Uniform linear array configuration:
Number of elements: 4
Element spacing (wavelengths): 1
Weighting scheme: uniform
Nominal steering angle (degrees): -60
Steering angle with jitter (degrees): -60.301
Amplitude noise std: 0.05
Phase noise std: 0.05

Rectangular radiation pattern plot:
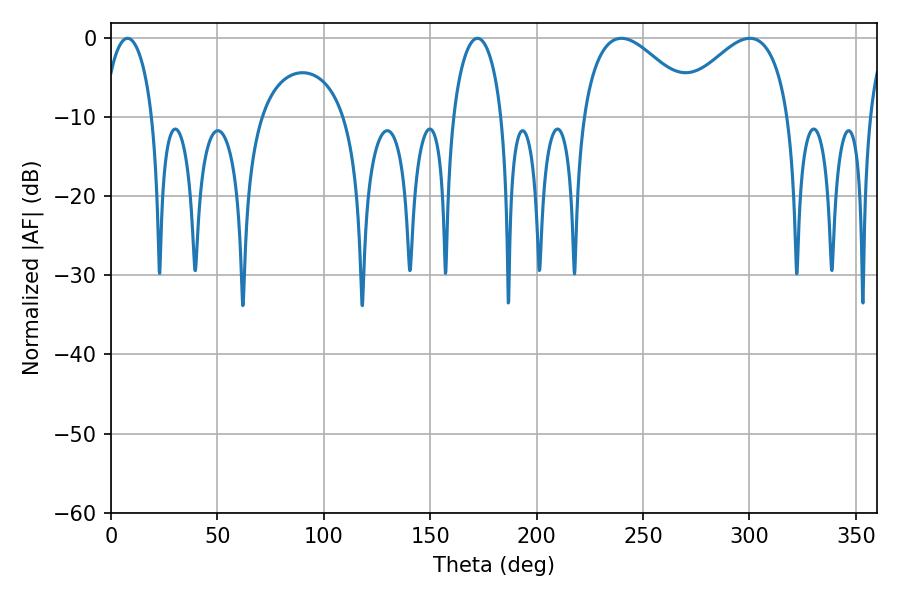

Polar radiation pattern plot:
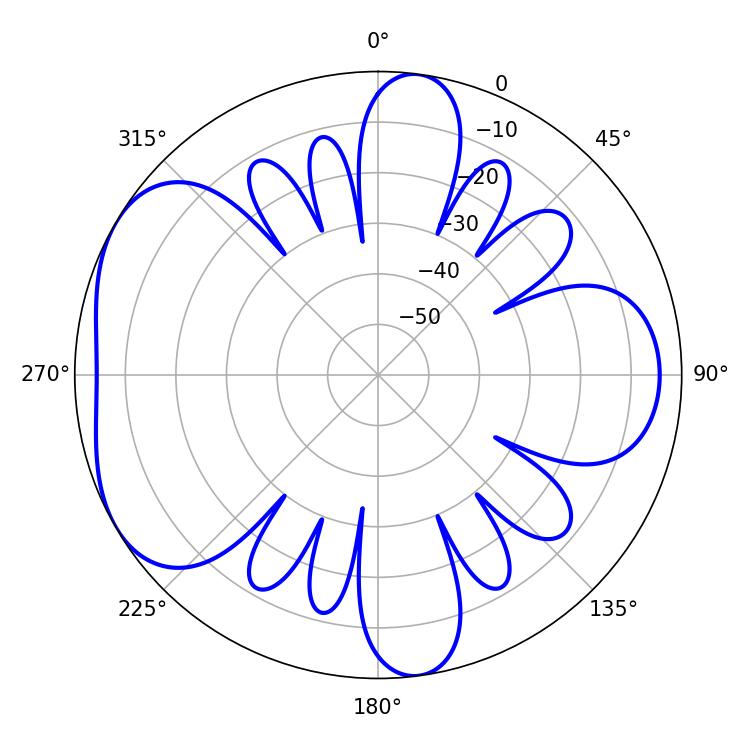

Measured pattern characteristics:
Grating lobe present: TRUE
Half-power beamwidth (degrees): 29.7
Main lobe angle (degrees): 300.24